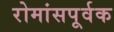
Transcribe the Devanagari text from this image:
रोमांसपूर्वक